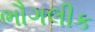
ભૌગલીક